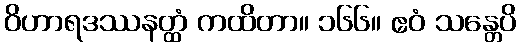
ဝိဟာရဒဿနတ္ထံ ကထိတာ။ ၁၆၆။ ဧဝံ သန္တေပိ